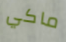
ماكي